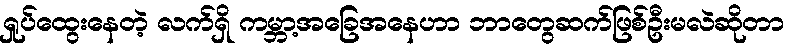
ရှုပ်ထွေးနေတဲ့ လက်ရှိ ကမ္ဘာ့အခြေအနေဟာ ဘာတွေဆက်ဖြစ်ဦးမလဲဆိုတာ